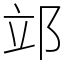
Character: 𨚪